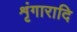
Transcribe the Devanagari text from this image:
शृंगारादि